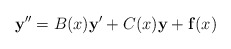
\begin{align*}\mathbf{y}^{\prime\prime}=B(x)\mathbf{y}^{\prime}+C(x)\mathbf{y}+\mathbf{f}(x)\end{align*}